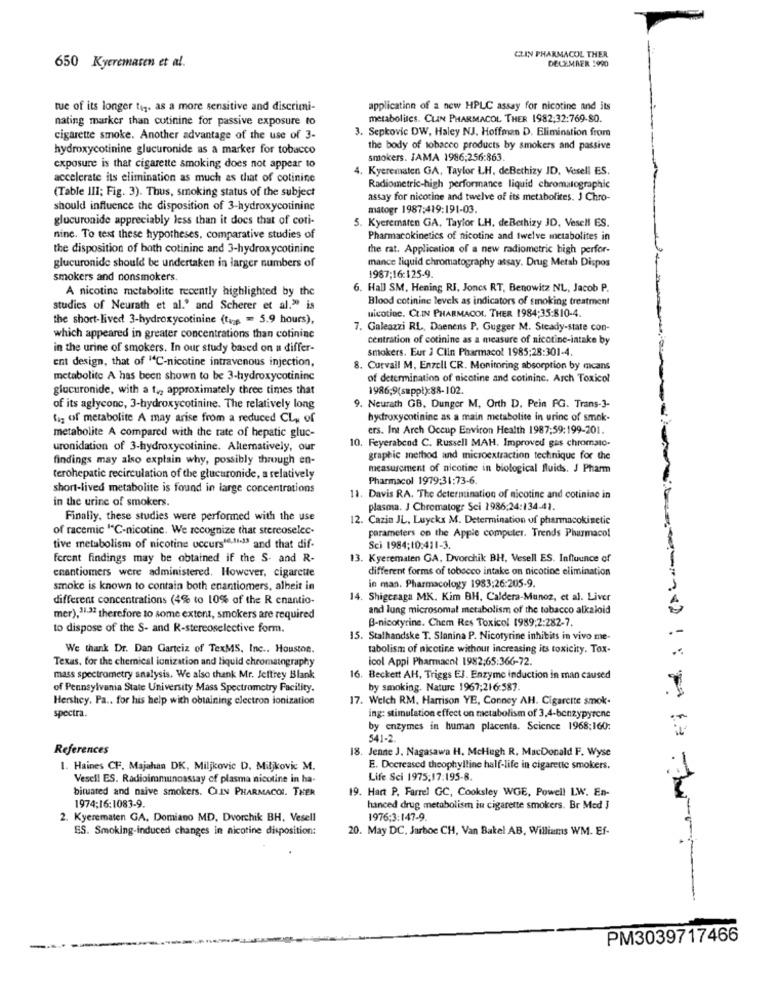
CLIN PHARMACOL THER
DECEMBER 1990
650 Kyeremaren et al.
tue of its longer tig. as a more sensitive and discrimi-
application of a new HPLC assay for nicotine and its
nating marker than cutinine for passive exposure to
metabolites. CLIN PHARMACOL THER 1982:32:769-80.
3. Sepkovic DW, Haley NJ. Hoffman D. Elimination from
cigarette smoke. Another advantage of the use of 3-
hydroxycotinine glucuronide as a marker for tobacco
the body of tobacco products by smokers and passive
smokers. JAMA 1986;256:863.
exposure is that cigarette smoking does not appear to
4. Kyerematen GA, Taylor LH, deBethizy ID. Vesell ES.
accelerate its elimination as much as that of cotinine
(Table III; Fig. 3). Thus, smoking status of the subject
Radiometric-high performance liquid chromatographic
assay for nicotine and twelve of its metabolites. J Chro-
should influence the disposition of 3-hydroxycotinine
matogr 1987:419:191-03.
glucuronide appreciably less than it does that of coti-
5. Kyerematen GA, Taylor LH, deBethizy JD, Vesell ES.
nine. To test these hypotheses, comparative studies of
Pharmacokinetics of nicotine and twelve metabolites in
the disposition of both cotininc and 3-hydroxycotinine
the rat. Application of a new radiometric high perfor-
mance liquid chromatography assay. Drug Metab Dispos
glucuronide should be undertaken in larger numbers of
smokers and nonsmokers.
1987;16:125-9.
A nicotine metabolite recently highlighted by the
6. Hall SM, Hening RI, Joncs RT, Benowitz NL, Jacob P.
Blood cotinine levels as indicators of smoking treatment
studies of Neurath et al." and Scherer et al." is
the short-lived 3-hydroxycotinine (tas = 5.9 hours),
nicotine. CLIN PHARMACOL THER 1984:35:810-4.
7. Galeazzi RL, Daenens P. Gugger M. Steady-state con-
which appeared in greater concentrations than cotinine
centration of cotinine as a measure of nicotine-intake by
in the urine of smokers. In our study based on a differ-
smokers. Eur J Clin Pharmacol 1985;28:301-4.
ent design, that of "C-nicotine intravenous injection,
8. Curvail M, Enzell CR. Monitoring absorption by mcans
metabolite A has been shown to be 3-hydroxycotininc
of determination of nicotine and cotininc. Arch Toxicol
glucuronide, with a ty, approximately three times that
1986;9(suppl):88-102.
of its aglyconc, 3-hydroxycotinine. The relatively long
9. Neurath GB, Dunger M, Orth D. Pein FG. Trans-3-
fig of metabolite A may arise from a reduced CL, of
hydroxycotinine as a main metabolite in urine of smok-
ers. Int Arch Occup Environ Health 1987:59:199-201.
metabolite A compared with the rate of hepatic gluc-
uronidation of 3-hydroxycotinine. Alternatively, our
10. Feyerabend C. Russell MAH. Improved gas chromato-
findings may also explain why, possibly through en-
graphic method and microextraction technique for the
measurement of nicotine in biological fluids. J Pharm
terohepatic recirculation of the glucuronide, a relatively
Pharmacol 1979:31:73-6.
short-lived metabolite is found in large concentrations
in the urine of smokers.
11. Davis RA. The determination of nicotine and cotiniac in
plasma. J Chromatogr Sci 1986:24:134-41.
Finally, these studies were performed with the use
12. Cazin JL, Luycks M. Determination of pharmacokinetic
of racemic "C-nicotine. We recognize that stereoselec-
parameters on the Apple computer. Trends Pharmaco!
tive metabolism of nicotine occurs10,11433 and that dif-
Sci 1984;10:411-3.
ferent findings may be obtained if the S. and R-
13. Kyerematen GA, Dvorchik BH, Vesell ES. Influunce of
different forms of tobacco intake on nicotine elimination
enantiomers were administered. However, cigarette
smoke is known to contain both enantiomers, albeit in
in man. Pharmacology 1983;26:205-9.
different concentrations (4% to 10% of the R enantio-
14. Shigeraga MK. Kim BH, Caldera-Munoz, et al. Liver
and lung microsomal metabolism of the tobacco alkaloid
mer),11.33 therefore to some extent, smokers are required
B-nicotyrine. Chem Res Toxicol 1989;2:282-7.
to dispose of the S- and R-stereoselective form.
15. Stalhandske T. Slanina P. Nicotyrine inhibits in vivo me-
We thank Dr. Dan Garteiz of TexMS, Inc ., Houston.
tabolism of nicotine without increasing its toxicity. Tox-
Texas, for the chemical ionization and liquid chromatography
icol Appi Pharmacol 1982;65:366-72.
mass spectrometry analysis. We also thank Mr. Jeffrey Blank
16. Beckett AH, Triggs EJ. Enzyme induction in man caused
of Pennsylvania State University Mass Spectrometry Facility.
by smoking. Nature 1967;216:587.
Hershey. Pa .. for his help with obtaining electron ionization
17. Welch RM, Harrison YE, Conney AH. Cigarette smok.
spectra.
ing: stimulation effect on metabolism of 3,4-benzypyrene
by enzymes in human placenta. Science 1968:160:
541-2.
References
18. Jenne J. Nagasawa H, McHugh R, MacDonald F. Wyse
1. Haines CF. Majahan DK, Miljkovic D, Miljkovic M.
E. Decreased theophylline half-life in cigarette smokers.
Vesel! ES. Radioimmunoassay of plasma nicotine in ha-
Life Sci 1975:17:195-8.
bituared and naive smokers. CLIN PHARMACOL. THER
19. Han P. Farrel GC, Cooksley WGE, Powell LW. En-
1974:16:1083-9.
hanced drug metabolism in cigarette smokers. Br Med J
2. Kyerematen GA, Domiano MD, Dvorchik BH, Vesell
1976;3:147-9
ES. Smoking-induced changes in nicotine disposition:
20. May DC, Jarboe CH, Van Bakel AB, Williams WM. Ef-
PM3039717466